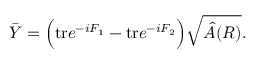
\bar { Y } = \Big ( \mathrm { t r } e ^ { - i F _ { 1 } } - \mathrm { t r } e ^ { - i F _ { 2 } } \Big ) \sqrt { \hat { A } ( R ) } .